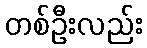
တစ်ဦးလည်း